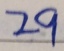
2 9